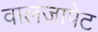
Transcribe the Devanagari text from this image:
वालजापेट